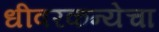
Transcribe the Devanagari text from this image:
धीवरकन्येचा